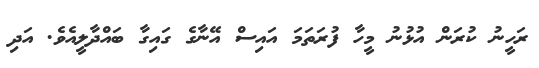
ރަހީނު ކުރަން އުޅުނު މީހާ ފުރަތަމަ އައިސް އޭނާގެ ގައިގާ ބައްދާލީއެވެ. އަދި